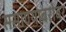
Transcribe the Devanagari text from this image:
ससाण्याबरोबर